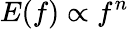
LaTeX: E(f)\propto f^{n}